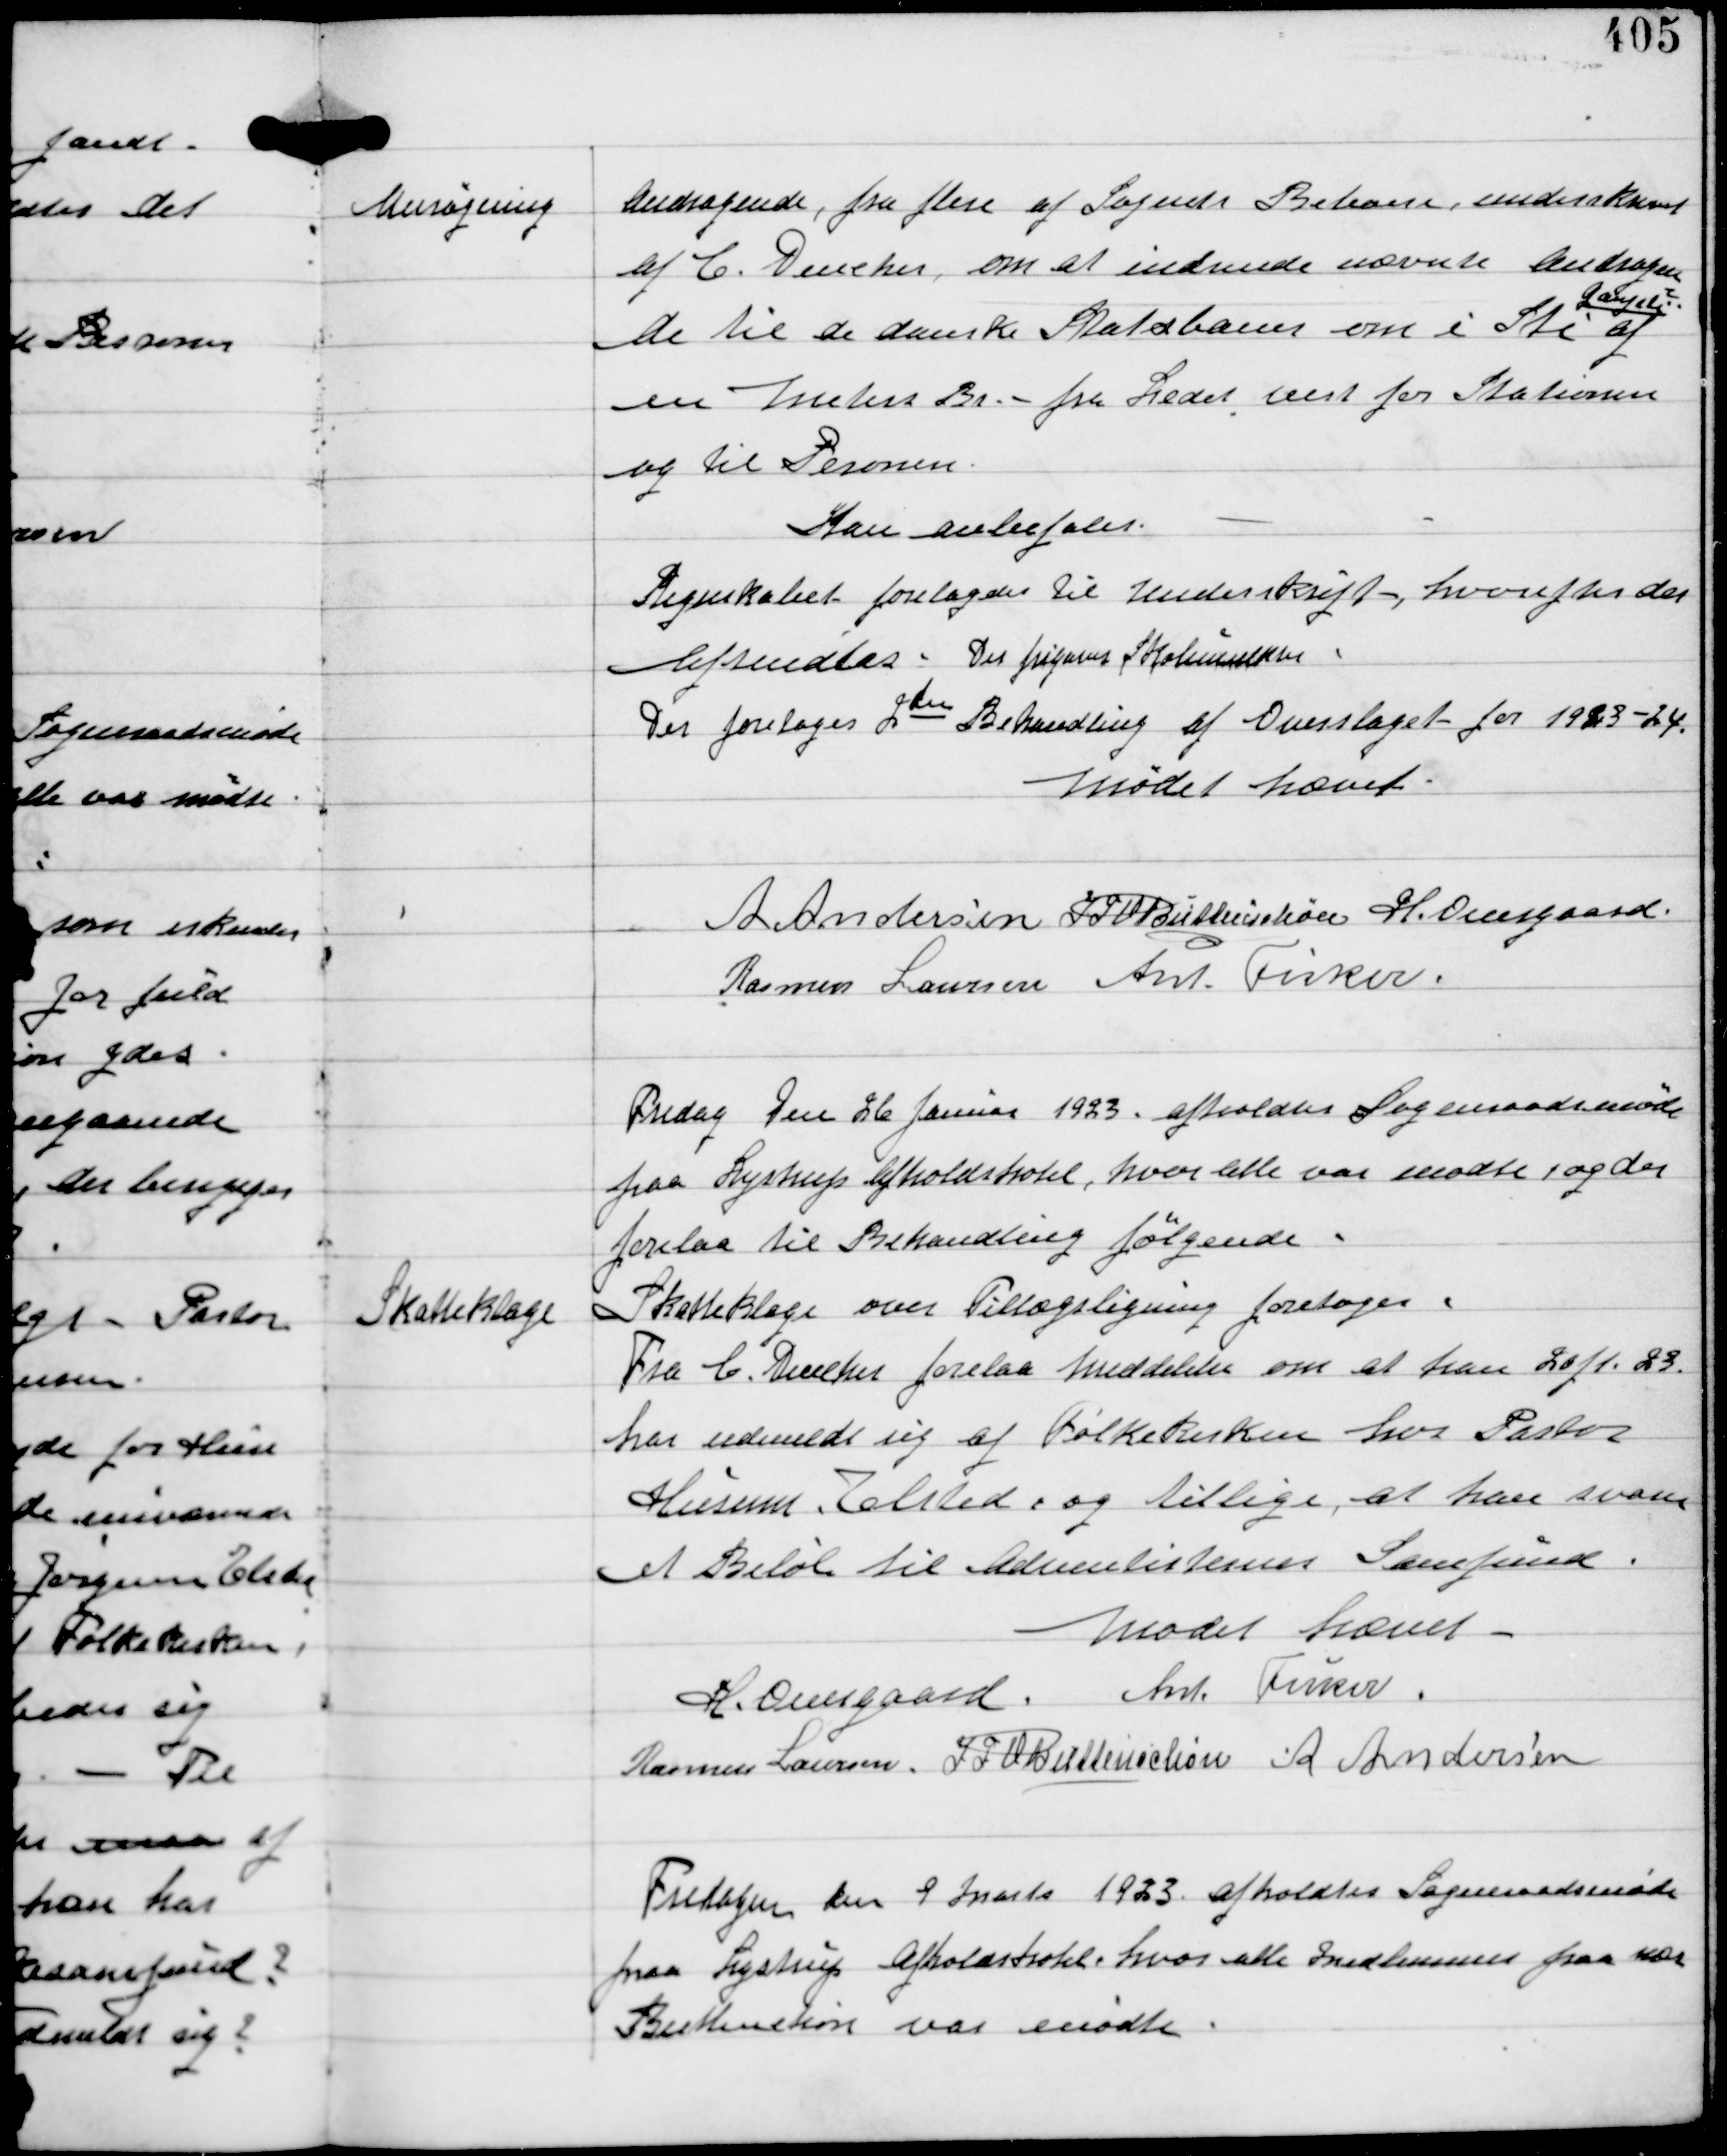
Transskription:
Ansøgning

Andragende fra flere af Sognets Beboere underskrevet
af C Dencker om at indsende nævnte Andragen-
de til de danske Statsbaner om en sti
Gangsti?
af
en Meters Br. - fra Ledet vest for Stationen
og til Peronen.
Kan anbefales.
Regnskabet forelagdes til Underskrift, hvorefter det
Afsendtes. Der frigaves Skolemulkter
Der foretoges 2den Behandling af Overslaget for 1923-24

Mødet hævet.
A. Andersen IFV Buttenschøn H. Overgaard
Rasmus Laursen Ant. Fisker

Fredag Den 26 Januar 1923 afholdtes Sogneraadsmøde
paa Lystrup Afholdshotel, hvor alle var mødte, og der
forelaa til Behandling følgende:

Skatteklage

Skatteklage over Tillægsligning foretoges.
Fra C. Dencker forelaa meddelse om at han 20 jr. 23
har udmeldt sig af Folkekirken hos Pastor
Husum, Elsted, og tilllige, at han svarer
et Beløb til Adventisternes Samfund.

Mødet hævet
H Overgaard Ant Fisker
Rasmus Laursen IFV Buttenschøn A Andersen

Fredagen den 9 Marts 1923 afholdtes Sogneraadsmøde
paa Lystrup Afholdshotel, hvor alle Medlemmer paa nær
Buttenschøn var mødte